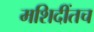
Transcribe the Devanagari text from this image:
मशिदींतच